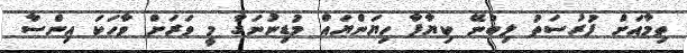
ތިމާއަށް ފުރުސަތު ލިބުނޭ ކިޔާފާ ހިޔަންޔައް މުޑިނުނަގާ މީ ވަރަށް ވާހަކަ އިންސާ